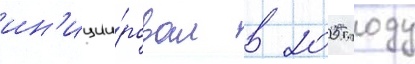
ин'иции́ровал в 2005 году